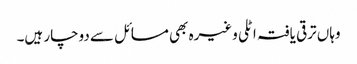
وہاں ترقی یافتہ اٹلی وغیرہ بھی مسائل سے دوچار ہیں۔